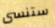
ستنسى